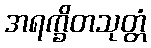
အရက္ခိတသုတ္တံ